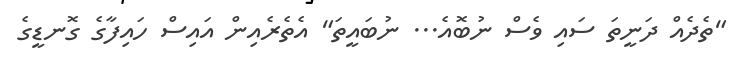
"ތެދެއް ދަނީތަ ސައި ވެސް ނުބޮއެ... ނުބައީތަ" އެތެރެއިން އައިސް ހައިފާގެ ގޮނޑީގެ